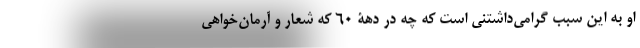
او به این سبب گرامی‌داشتنی است که چه در دهۀ 60 که شعار و آرمان‌خواهی